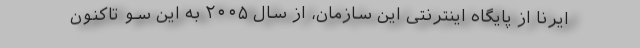
ایرنا از پایگاه اینترنتی این سازمان، از سال ۲۰۰۵ به این سو تاکنون